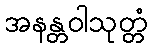
အနန္တဝါသုတ္တံ